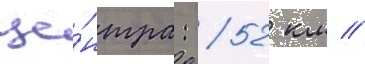
це́нтра: 52 км //